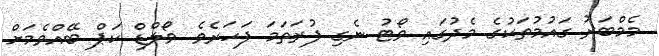
މެމްބަރު ގައުމުތަކުގެ މެދުގައި ވޯޓު ނެގި ފުރަތަމަ ފަހަރެވެ. ވޯލްޑް ކަޕް ބޭއްވެމަށް